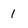
Character: 1